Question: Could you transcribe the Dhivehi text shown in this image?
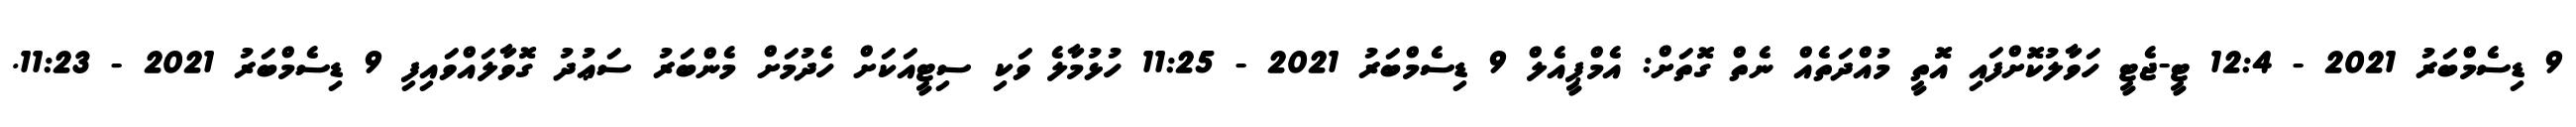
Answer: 9 ޑިސެމްބަރު 2021 - 12:4 ޓީ-ޖެޓީ ހަވާލުކޮށްފައި އޮތީ މުއްދަތެއް ނެތް ގޮތަށް: އެމްޕީއެލް 9 ޑިސެމްބަރު 2021 - 11:25 ހުޅުމާލެ ވަކި ސިޓީއަކަށް ހެދުމަށް މެންބަރު ސަޢުދު ގޮވާލައްވައިފި 9 ޑިސެމްބަރު 2021 - 11:23.